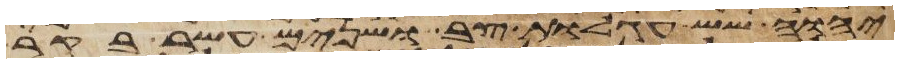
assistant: יהוה שש עגלות צב ושנים עשר בקר